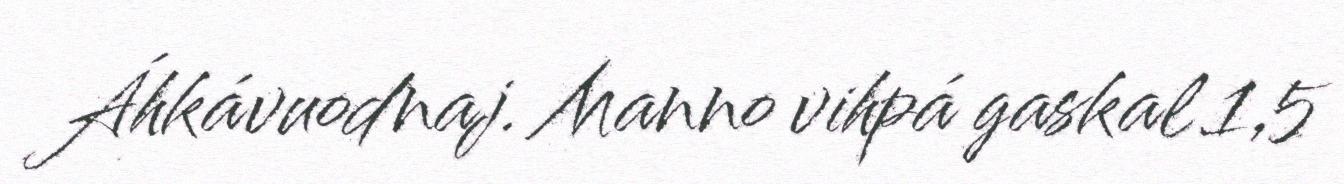
Áhkávuodnaj. Manno vihpá gaskal 1,5